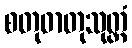
စတုဓာတုသုတ္တံ